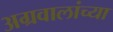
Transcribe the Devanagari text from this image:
अग्रवालांच्या